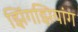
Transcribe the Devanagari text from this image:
झिंगझियांग